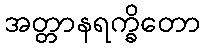
အတ္တာနရက္ခိတော